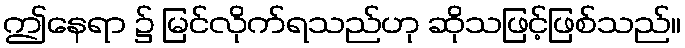
ဤနေရာ ၌ မြင်လိုက်ရသည်ဟု ဆိုသဖြင့်ဖြစ်သည်။